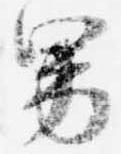
男